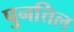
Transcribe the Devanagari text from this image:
पुनत्तिल